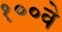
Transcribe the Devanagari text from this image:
१००वे